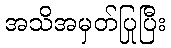
အသိအမှတ်ပြုပြီး